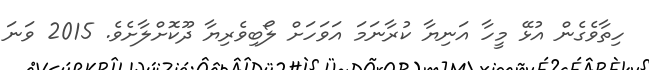
ހިތާވެގެން އުޅޭ މީހާ އަނިޔާ ކުރާނަމަ އަވަހަށް ލޯބިވެރިޔާ ދޫކޮށްލާށެވެ. 2015 ވަނަ